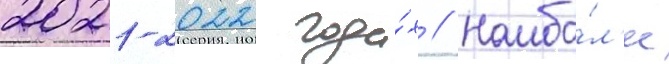
2021-2022 года́х // Наибо́л'ее